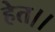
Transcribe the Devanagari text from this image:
हेत।।